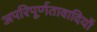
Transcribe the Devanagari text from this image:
अपरिपूर्णतावादियों